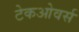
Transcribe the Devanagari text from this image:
टेकओवर्स